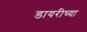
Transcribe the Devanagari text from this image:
डायरीच्या